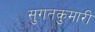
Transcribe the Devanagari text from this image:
सुगतकुमारी